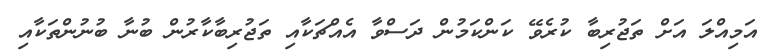
އަމިއްލަ އަށް ތަޖުރިބާ ކުރެވޭ ކަންކަމުން ދަސްވާ އެއްޗަކާއި ތަޖުރިބާކާރުން ބުނާ ބުނުންތަކާއި